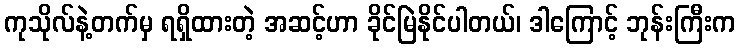
ကုသိုလ်နဲ့တက်မှ ရရှိထားတဲ့ အဆင့်ဟာ ခိုင်မြဲနိုင်ပါတယ်၊ ဒါကြောင့် ဘုန်းကြီးက